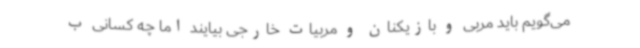
می‌گویم باید مربی و بازیکنان و مربیات خارجی بیایند اما چه کسانی ب